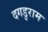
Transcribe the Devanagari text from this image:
दगडुराम